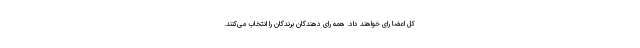
کل اعضا رای خواهند داد. همه رای دهندگان برندگان را انتخاب می‌کنند.